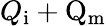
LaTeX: Q\mathrm{_i+Q\mathrm{_m}}